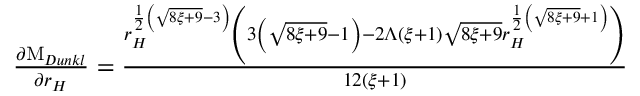
\begin{array} { r } { \frac { \partial \mathrm { M } _ { D u n k l } } { \partial r _ { H } } = \frac { r _ { H } ^ { \frac { 1 } { 2 } \left( \sqrt { 8 \xi + 9 } - 3 \right) } \left( 3 \left( \sqrt { 8 \xi + 9 } - 1 \right) - 2 \Lambda ( \xi + 1 ) \sqrt { 8 \xi + 9 } r _ { H } ^ { \frac { 1 } { 2 } \left( \sqrt { 8 \xi + 9 } + 1 \right) } \right) } { 1 2 ( \xi + 1 ) } } \end{array}